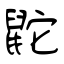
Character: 鼧